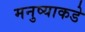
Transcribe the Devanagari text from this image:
मनुष्याकडे